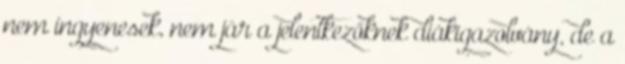
nem ingyenesek, nem jár a jelentkezőknek diákigazolvány, de a